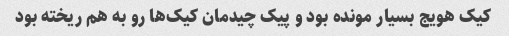
کیک هویج بسیار مونده بود و پیک چیدمان کیک‌ها رو به هم ریخته بود